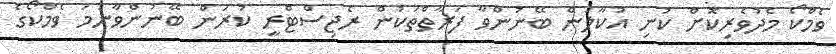
ވެމްކޯ މެދުވެރިކޮށް ކުނި އުކާލަން ބޭނުންވާ ފަރާތްތަކުން ރެޖިސްޓްރީ ކުރަން ބޭނުންވާނަމަ ވެމްކޯގެ